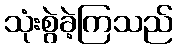
သုံးစွဲခဲ့ကြသည်